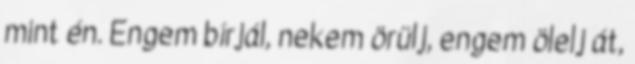
mint én. Engem bírjál, nekem örülj, engem ölelj át,